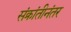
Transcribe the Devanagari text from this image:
संक्रांतीनंतर